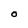
Character: O